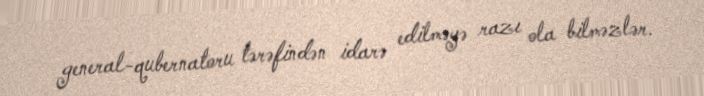
general-qubernatoru tərəfindən idarə edilməyə razı ola bilməzlər.